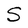
Character: S